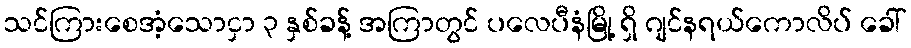
သင်ကြားစေအံ့သောငှာ ၃ နှစ်ခန့် အကြာတွင် ပလေပီနံမြို့ ရှိ ဂျင်နရယ်ကောလိပ် ခေါ်